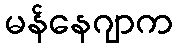
မန်နေဂျာက